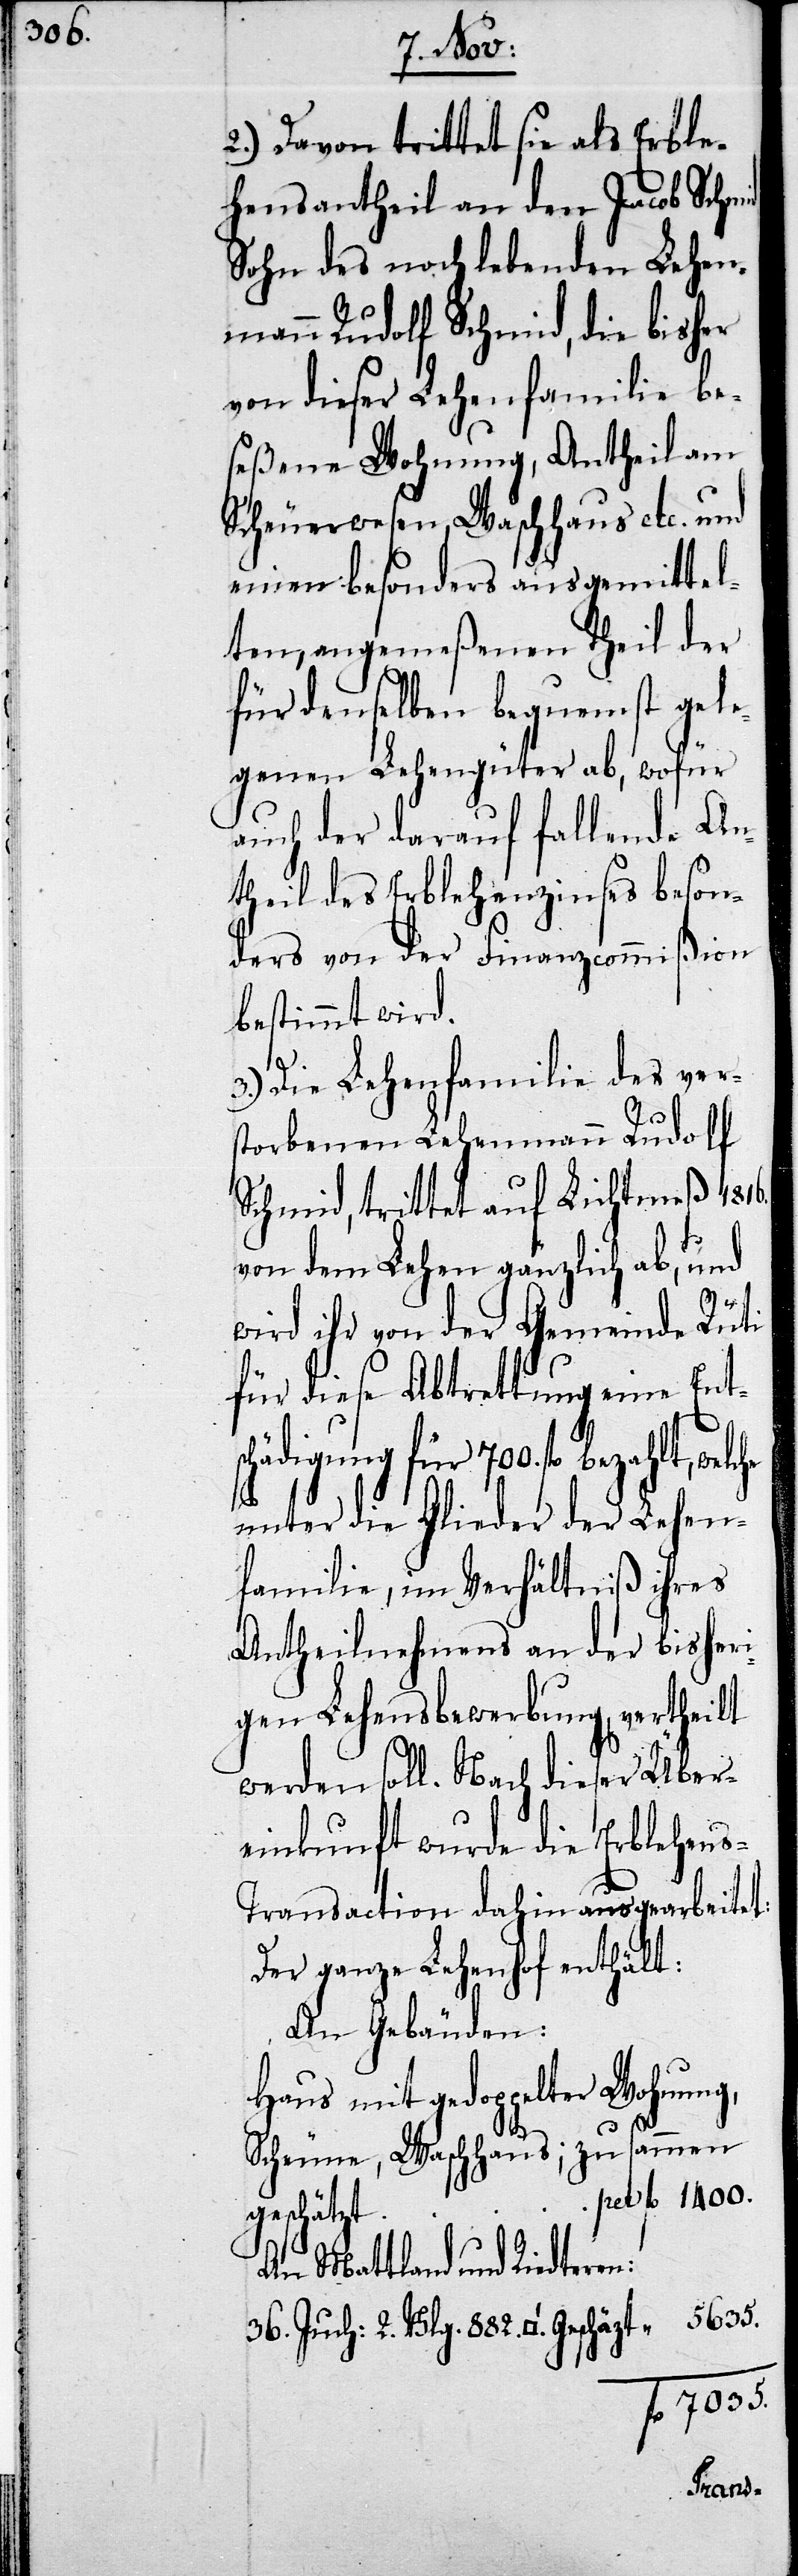
36.

2. Vlg.
2.) Davon trittet sie als Erble¬
hensantheil an den Jacob Schmi¬
Sohn des noch lebenden Lehen¬
mann Rudolf Schmid, die bisher
von dieser Lehenfamilie be¬
seßene Wohnung, Antheil am
Scheuerwesen, Waschhaus etc. und
einen besonders ausgemittel¬
ten, angemeßenen Theil der
für denselben bequemst gele¬
genen Lehengüter ab, wofür
auch der darauf fallende An¬
theil des Erblehenzinses beson¬
ders von der Finanzcommißion
bestimmt wird.
882.
3.) Die Lehenfamilie des vers¬
torbenen Lehenmann Rudolf
Schmid, trittet auf Lichtmeß 1816.
von dem Lehen gänzlich ab, und
wird ihr von der Gemeinde Rüti
für diese Abtrettung eine Ents¬
chädigung für 700. fl bezahlt,
unter die Glieder der Lehen¬
familie, im Verhältniß ihres
Antheilnehmens an der bisheri¬
gen Lehensbewerbung, vertheilt
werden soll. Nach dieser Über¬
einkunft wurde die Erblehen¬
s-Transaction dahin ausgearbeitet:
Der ganze Lehenhof enthält:
An Gebäuden:
Haus mit gedoppelter Wohnung,
Scheune, Waschhaus; zusammen
fl 1400.
geschätzt
An Mattland und Riedteren:
5635.
fl. 7035.